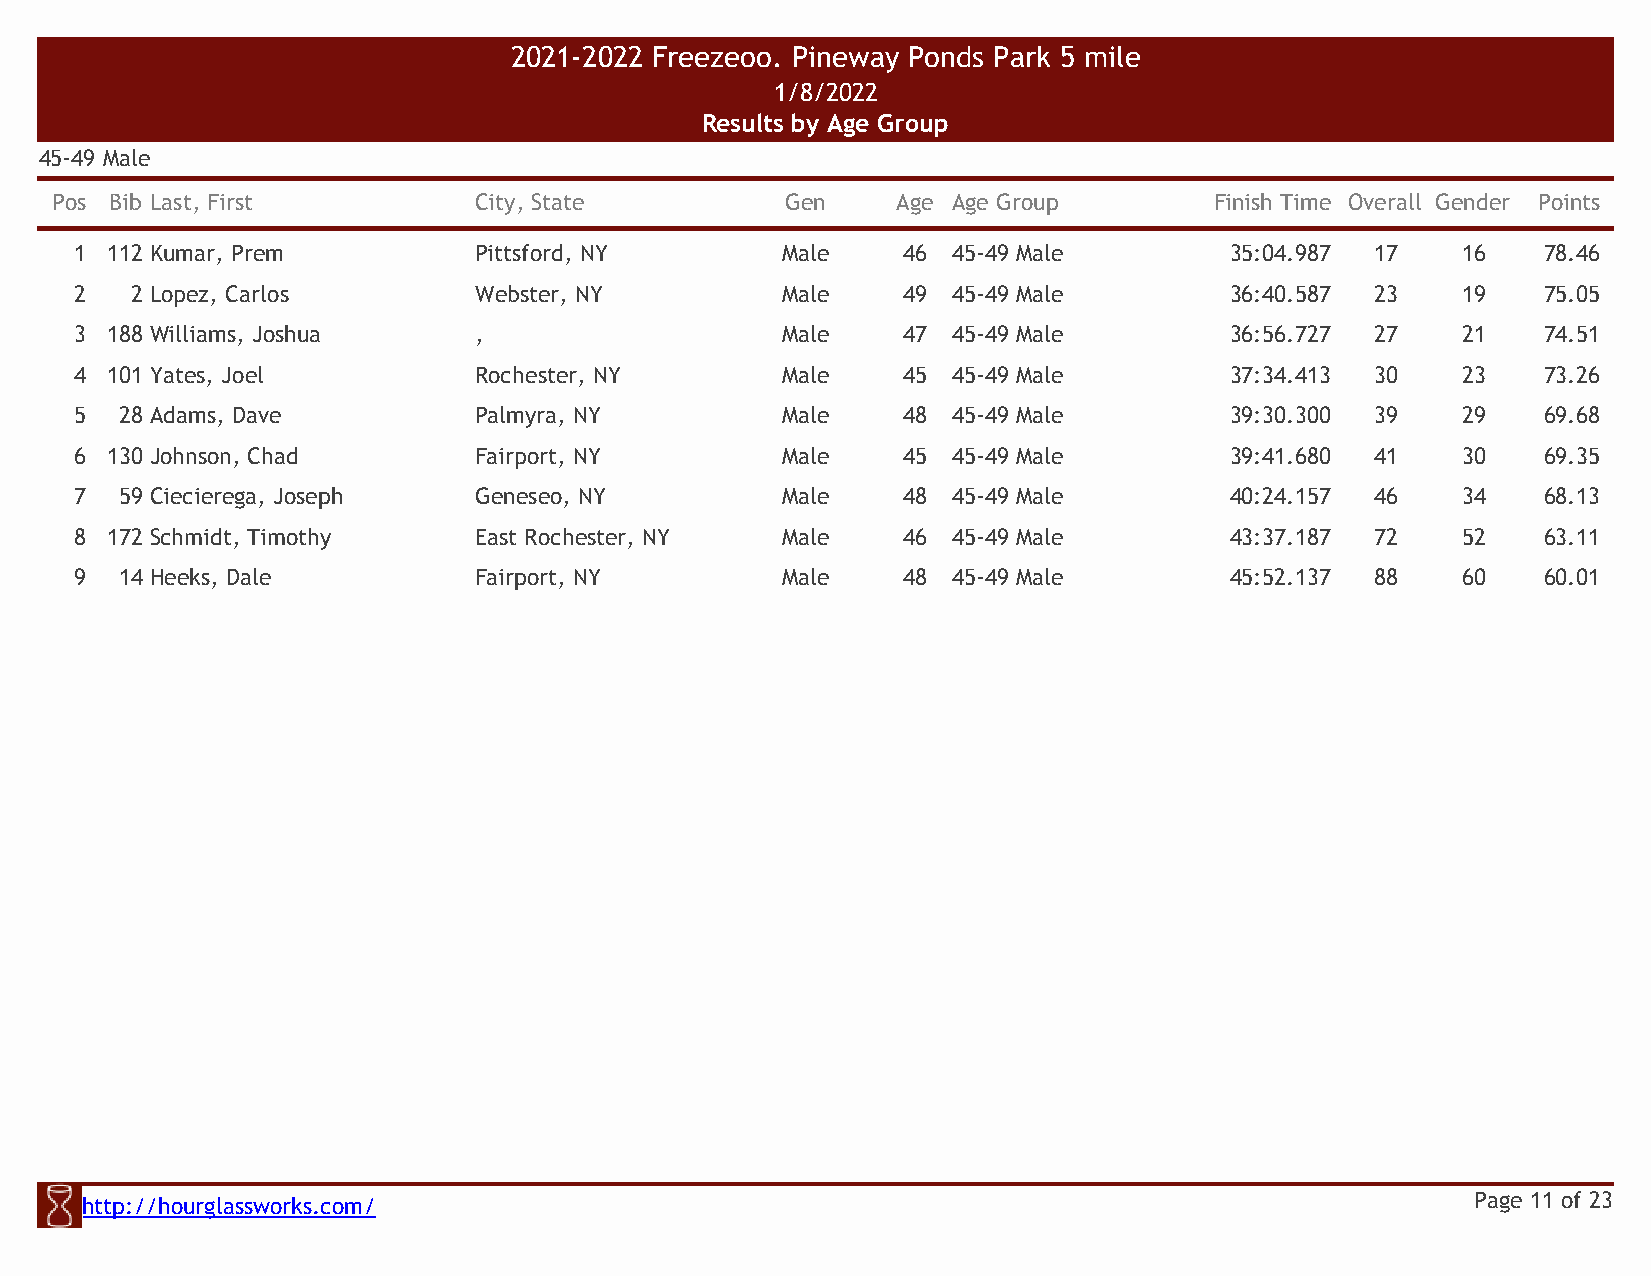
2021-2022 Freezeoo. Pineway Ponds Park 5 mile
 1/8/2022
 Results by Age Group
 45-49 Male
 Pos Bib Last, First         City, State          Gen    Age Age Group        Finish Time Overall Gender Points
 1 112 Kumar, Prem         Pittsford, NY        Male    46 45-49 Male        35:04.987 17    16   78.46
 2   2 Lopez, Carlos       Webster, NY          Male    49 45-49 Male        36:40.587 23    19   75.05
 3 188 Williams, Joshua    ,                    Male    47 45-49 Male        36:56.727 27    21   74.51
 4 101 Yates, Joel         Rochester, NY        Male    45 45-49 Male        37:34.413 30    23   73.26
 5  28 Adams, Dave         Palmyra, NY          Male    48 45-49 Male        39:30.300 39    29   69.68
 6 130 Johnson, Chad       Fairport, NY         Male    45 45-49 Male        39:41.680 41    30   69.35
 7  59 Ciecierega, Joseph  Geneseo, NY          Male    48 45-49 Male        40:24.157 46    34   68.13
 8 172 Schmidt, Timothy    East Rochester, NY   Male    46 45-49 Male        43:37.187 72    52   63.11
 9  14 Heeks, Dale         Fairport, NY         Male    48 45-49 Male        45:52.137 88    60   60.01
 http://hourglassworks.com/                                                                   Page 11 of 23